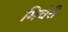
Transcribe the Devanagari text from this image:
मिचेरी